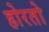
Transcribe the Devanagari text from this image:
होरतो